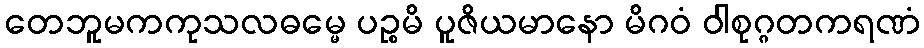
တေဘူမကကုသလဓမ္မေ ပဉ္စမိ ပူဇိယမာနော မိဂဝံ ဝါစုဂ္ဂတကရဏံ